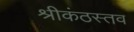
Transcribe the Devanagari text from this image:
श्रीकंठस्तव